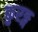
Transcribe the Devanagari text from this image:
कुरङ्ग